Report of the Municipal Commissioner on the plague in Bombay for the year ending 31st May... - Volume 1
Disease focus: Plague
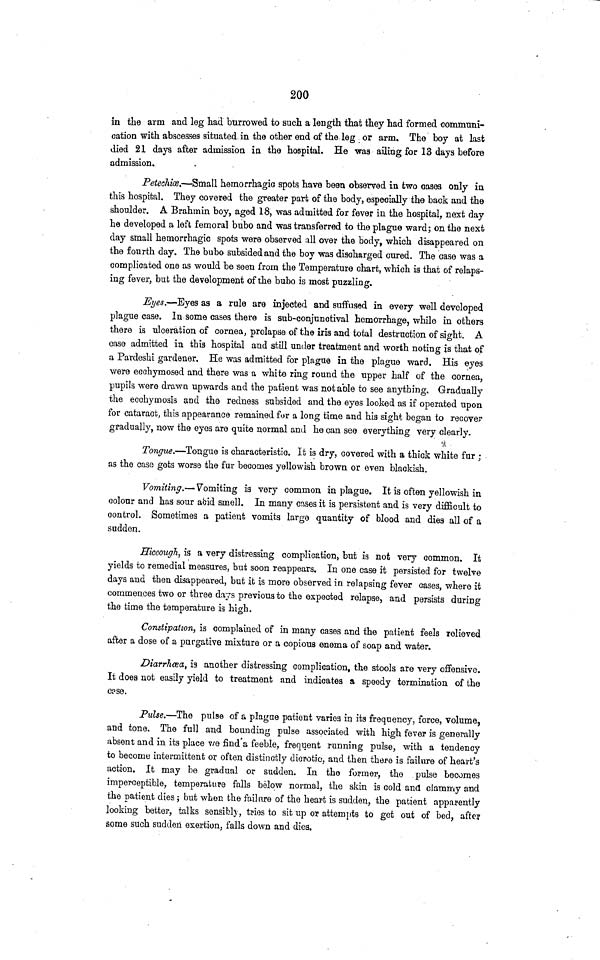
200
in the arm and leg had burrowed to such a length that they had formed communi-
cation with abscesses situated in the other end of the leg or arm. The boy at last
died 21 days after admission in the hospital. He was ailing for 13 days before
admission.
Petechia.—Small hemorrhagic spots have been observed in two cases only in
this hospital. They covered the greater part of the body, especially the back and the
shoulder. A Brahmin boy, aged 18, was admitted for fever in the hospital, next day
he developed a left femoral bubo and was transferred to the plague ward; on the next
day small hemorrhagic spots were observed all over the body, which disappeared on
the fourth day. The bubo subsided and the boy was discharged cured. The case was a
complicated one as would be seen from the Temperature chart, which is that of relaps-
ing fever, but the development of the bubo is most puzzling.
Eyes.—Eyes as a rule are injected and suffused in every well developed
plague case. In some cases there is siib-conjunotival hemorrhage, while in others
there is ulceration of cornea, prolapse of the iris and total destruction of sight. A
case admitted in this hospital and still under treatment and worth noting is that of
a Pardeshi gardener. He was admitted for plague in the plague ward. His eyes
were ecchymosed and there was a white ring round the upper half of the cornea,
pupils were drawn upwards and the patient was not able to see anything. Gradually
the ecchymosis and the redness subsided and the eyes looked as if operated upon
for cataract, this appearance remained for a long time and his sight began to recover
gradually, now the eyes are quite normal and he can see everything very clearly.
Tongue.—Tongue is characteristic. It is dry, covered with a thick white fur ;
as the case gets worse the fur becomes yellowish brown or even blackish.
Vomiting.— Fomiting is very common in plague. It is often yellowish in
colour and has sour abid smell. In many cases it is persistent and is very difficult to
control. Sometimes a patient vomits large quantity of blood and dies all of a
sudden.
Hiccough, is a very distressing complication, but is not very common. It
yields to remedial measures, but soon reappears. In one case it persisted for twelve
days and then disappeared, but it is more observed in relapsing fever cases, where it
commences two or three days previous to the expected relapse, and persists during
the time the temperature is high.
Constipation, is complained of in many cases and the patient feels relieved
after a dose of a purgative mixture or a copious enema of soap and water.
Diarrhcea, is another distressing complication, the stools are very offensive.
It does not easily yield to treatment and indicates a speedy termination of the
case.
Pulse.—The pulse of a plague patient varies in its frequency, force, volume,
and tone. The full and bounding pulse associated with high fever is generally
absent and in its place we find a feeble, frequent running pulse, with a tendency
to become intermittent or often distinctly dicrotic, and then there is failure of heart's
action. It may be gradual or sudden. In the former, the pulse becomes
imperceptible, temperature falls below normal, the skin is cold and clammy and
the patient dies; but when the failure of the heart is sudden, the patient apparently
looking better, talks sensibly, tries to sit up or attempts to get out of bed, after
some such sudden exertion, falls down and dies.